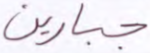
جبارين